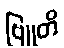
ဗြူတိ